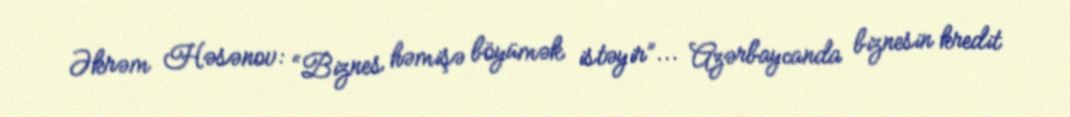
Əkrəm Həsənov: “Biznes həmişə böyümək istəyir”... Azərbaycanda biznesin kredit